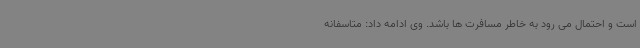
است و احتمال می رود به خاطر مسافرت ها باشد. وی ادامه داد: متاسفانه